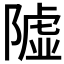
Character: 𨼋